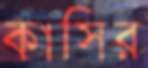
কাসির